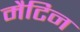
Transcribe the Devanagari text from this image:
मैटिन